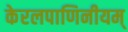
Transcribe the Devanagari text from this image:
केरलपाणिनीयम्